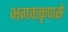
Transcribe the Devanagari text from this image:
भगवत्कृपासे